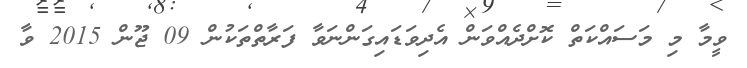
ވީމާ މި މަސައްކަތް ކޮށްދެއްވަން އެދިވަޑައިގަންނަވާ ފަރާތްތަކުން 09 ޖޫން 2015 ވާ